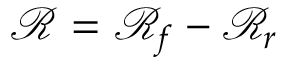
\mathcal { R } = \mathcal { R } _ { f } - \mathcal { R } _ { r }